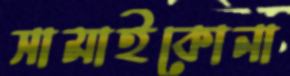
সামাইকোনা